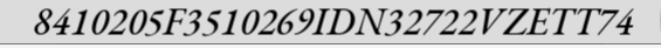
8410205F3510269IDN32722VZETT74